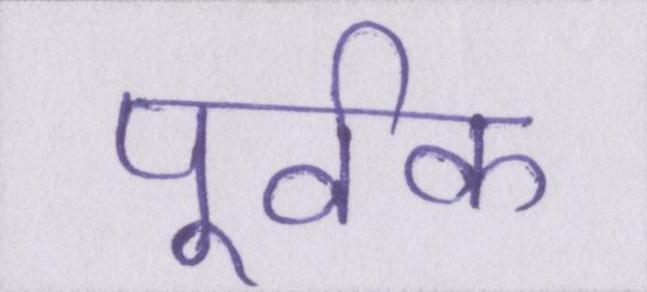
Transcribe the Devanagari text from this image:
पूर्वक